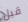
قبل